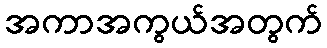
အကာအကွယ်အတွက်